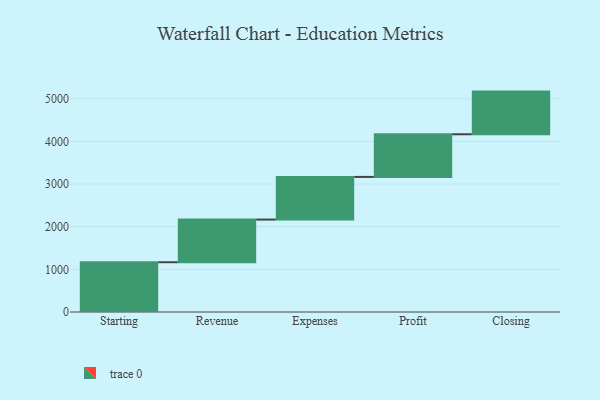
{"axis": {"x": "Step", "y": "Value"}, "legend": [""], "data": [{"x": "Starting", "y": 1167.0, "type": ""}, {"x": "Revenue", "y": 1000, "type": ""}, {"x": "Expenses", "y": 1000, "type": ""}, {"x": "Profit", "y": 1000, "type": ""}, {"x": "Closing", "y": 1000, "type": ""}]}